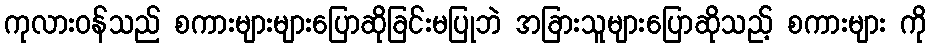
ကုလားဝန်သည် စကားများများပြောဆိုခြင်းမပြုဘဲ အခြားသူများပြောဆိုသည့် စကားများ ကို